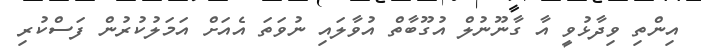
އިންތި ވިދާޅުވީ އާ ގާނޫނުލް އުގޫބާތް އުވާލައި ނުވަތަ އެއަށް އަމަލުކުރުން ފަސްކުރި